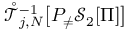
\mathring { \mathcal { T } } _ { j , N } ^ { - 1 } \big [ P _ { \neq } \mathcal { S } _ { 2 } [ \Pi ] \big ]